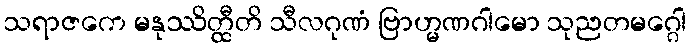
သရာဇကေ မနုဿိတ္ထီတိ သီလဂုဏံ ဗြာဟ္မဏဂါမော သုညတမဂ္ဂေါ